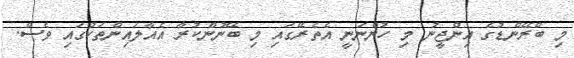
މި ބްރޭންޑުގެ އިންޖީނު މި ހުންނަނީ އެތެރޭގައި މި ބޭނުންކުރާ އެއާލައިންތަކުގައި ވެސް.